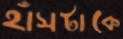
হাঁসটাকে